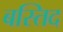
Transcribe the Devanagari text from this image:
बस्तिद